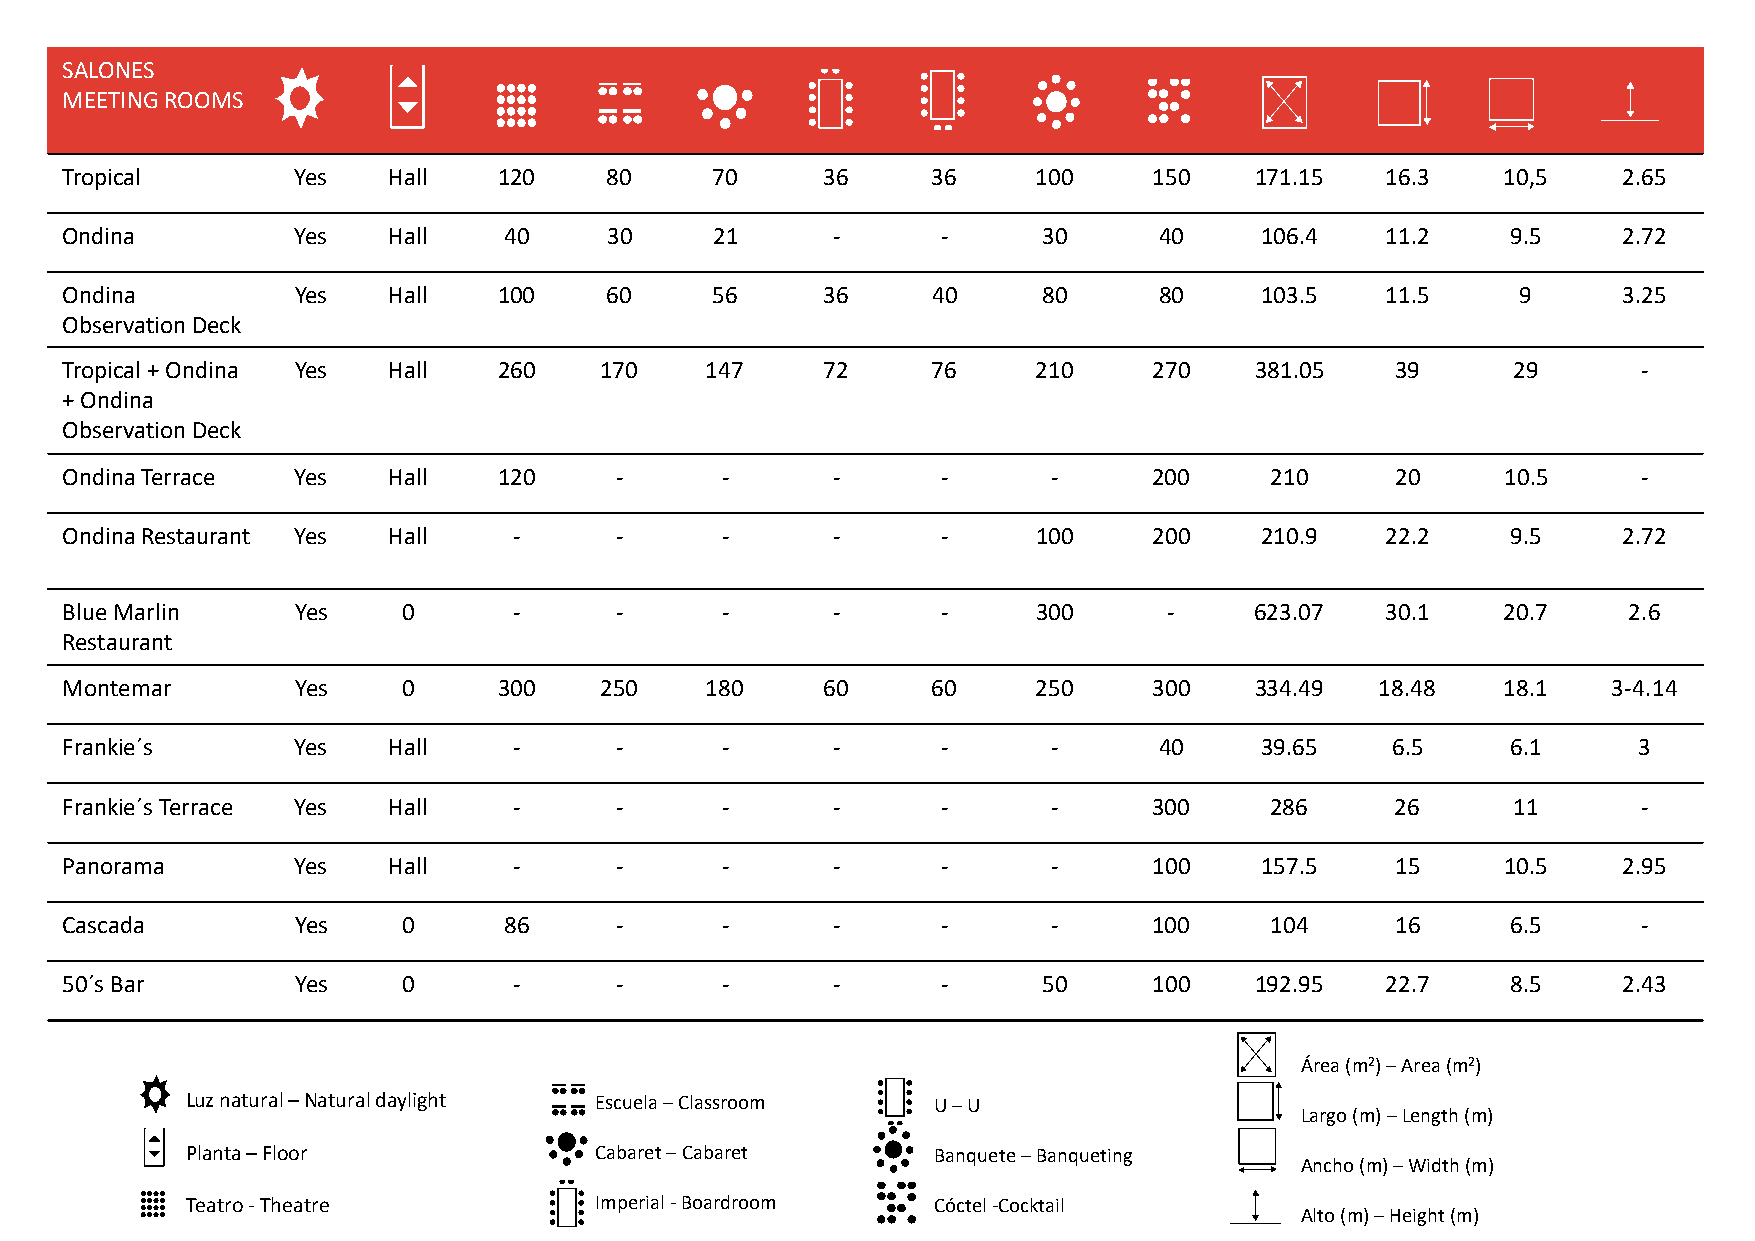
SALONES
 MEETING ROOMS
 Tropical        Yes   Hall   120    80     70      36     36     100    150    171.15   16.3    10,5   2.65
 Ondina          Yes   Hall   40     30     21      -      -      30      40    106.4    11.2    9.5    2.72
 Ondina          Yes   Hall   100    60     56      36     40     80      80    103.5    11.5     9     3.25
 Observation Deck
 Tropical + Ondina Yes Hall   260    170    147     72     76     210    270    381.05   39      29       -
 + Ondina
 Observation Deck
 Ondina Terrace  Yes   Hall   120     -      -      -      -       -     200     210     20      10.5     -
 Ondina Restaurant Yes Hall    -      -      -      -      -      100    200    210.9    22.2    9.5    2.72
 Blue Marlin     Yes    0      -      -      -      -      -      300     -     623.07   30.1    20.7    2.6
 Restaurant
 Montemar        Yes    0     300    250    180     60     60     250    300    334.49  18.48    18.1   3-4.14
 Frankie´s       Yes   Hall    -      -      -      -      -       -      40    39.65    6.5     6.1     3
 Frankie´s Terrace Yes Hall    -      -      -      -      -       -     300     286     26      11       -
 Panorama        Yes   Hall    -      -      -      -      -       -     100    157.5    15      10.5   2.95
 Cascada         Yes    0     86      -      -      -      -       -     100     104     16      6.5      -
 50´s Bar        Yes    0      -      -      -      -      -      50     100    192.95   22.7    8.5    2.43
 Área (m2) –Area (m2)
 Luz natural –Natural daylight Escuela –Classroom  U –U
 Largo (m) –Length (m)
 Planta –Floor              Cabaret –Cabaret       Banquete –Banqueting
 Ancho (m) –Width (m)
 Teatro -Theatre            Imperial -Boardroom    Cóctel -Cocktail
 Alto (m) –Height (m)